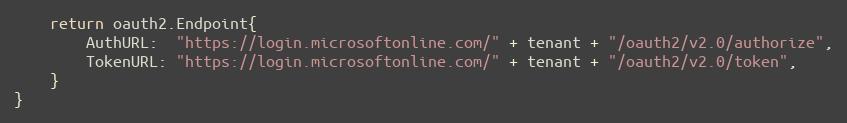
Language: Go
	return oauth2.Endpoint{
		AuthURL:  "https://login.microsoftonline.com/" + tenant + "/oauth2/v2.0/authorize",
		TokenURL: "https://login.microsoftonline.com/" + tenant + "/oauth2/v2.0/token",
	}
}